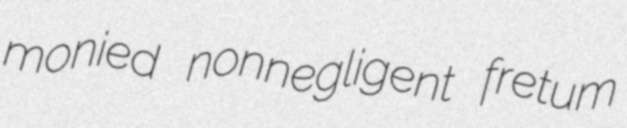
monied nonnegligent fretum